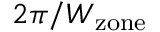
2 \pi / W _ { \mathrm { z o n e } }